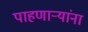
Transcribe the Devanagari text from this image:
पाहणाऱ्यांना